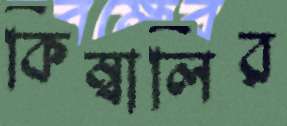
কিম্বার্লির